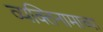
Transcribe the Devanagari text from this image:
व्यक्तिनामाच्या